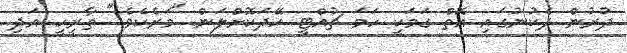
ދުރުން ދެކުނުގައި އޮތް ގަމަކީ ހަމަ ޗުއްޓީ ހޭދަކޮށްލަން "މަރެކެވެ." ތާރީހީ އަދި